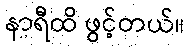
နာရီထိ ဖွင့်တယ်။